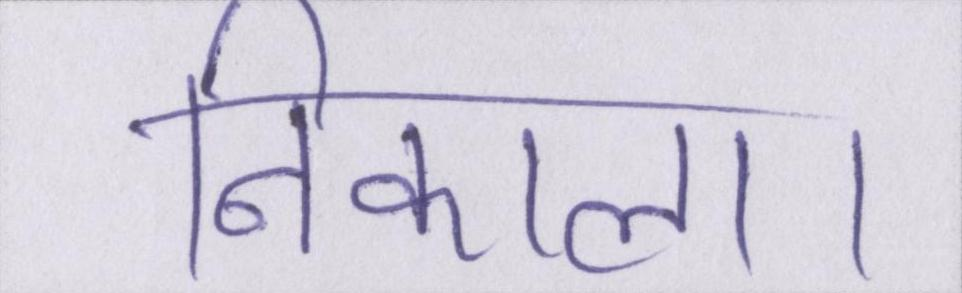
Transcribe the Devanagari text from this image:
निकाला।